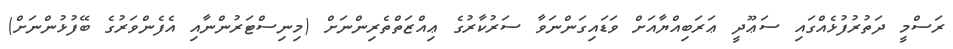
ރަސްމީ ދަތުރުފުޅެއްގައި ސަޢޫދީ ޢަރަބިއްޔާއަށް ވަޑައިގަންނަވާ ސަރުކާރުގެ ޢިއްޒަތްތެރިންނަށް (މިނިސްޓަރުންނާއި އެފެންވަރުގެ ބޭފުޅުންނަށް)